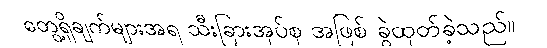
တွေ့ရှိချက်များအရ သီးခြားအုပ်စု အဖြစ် ခွဲထုတ်ခဲ့သည်။